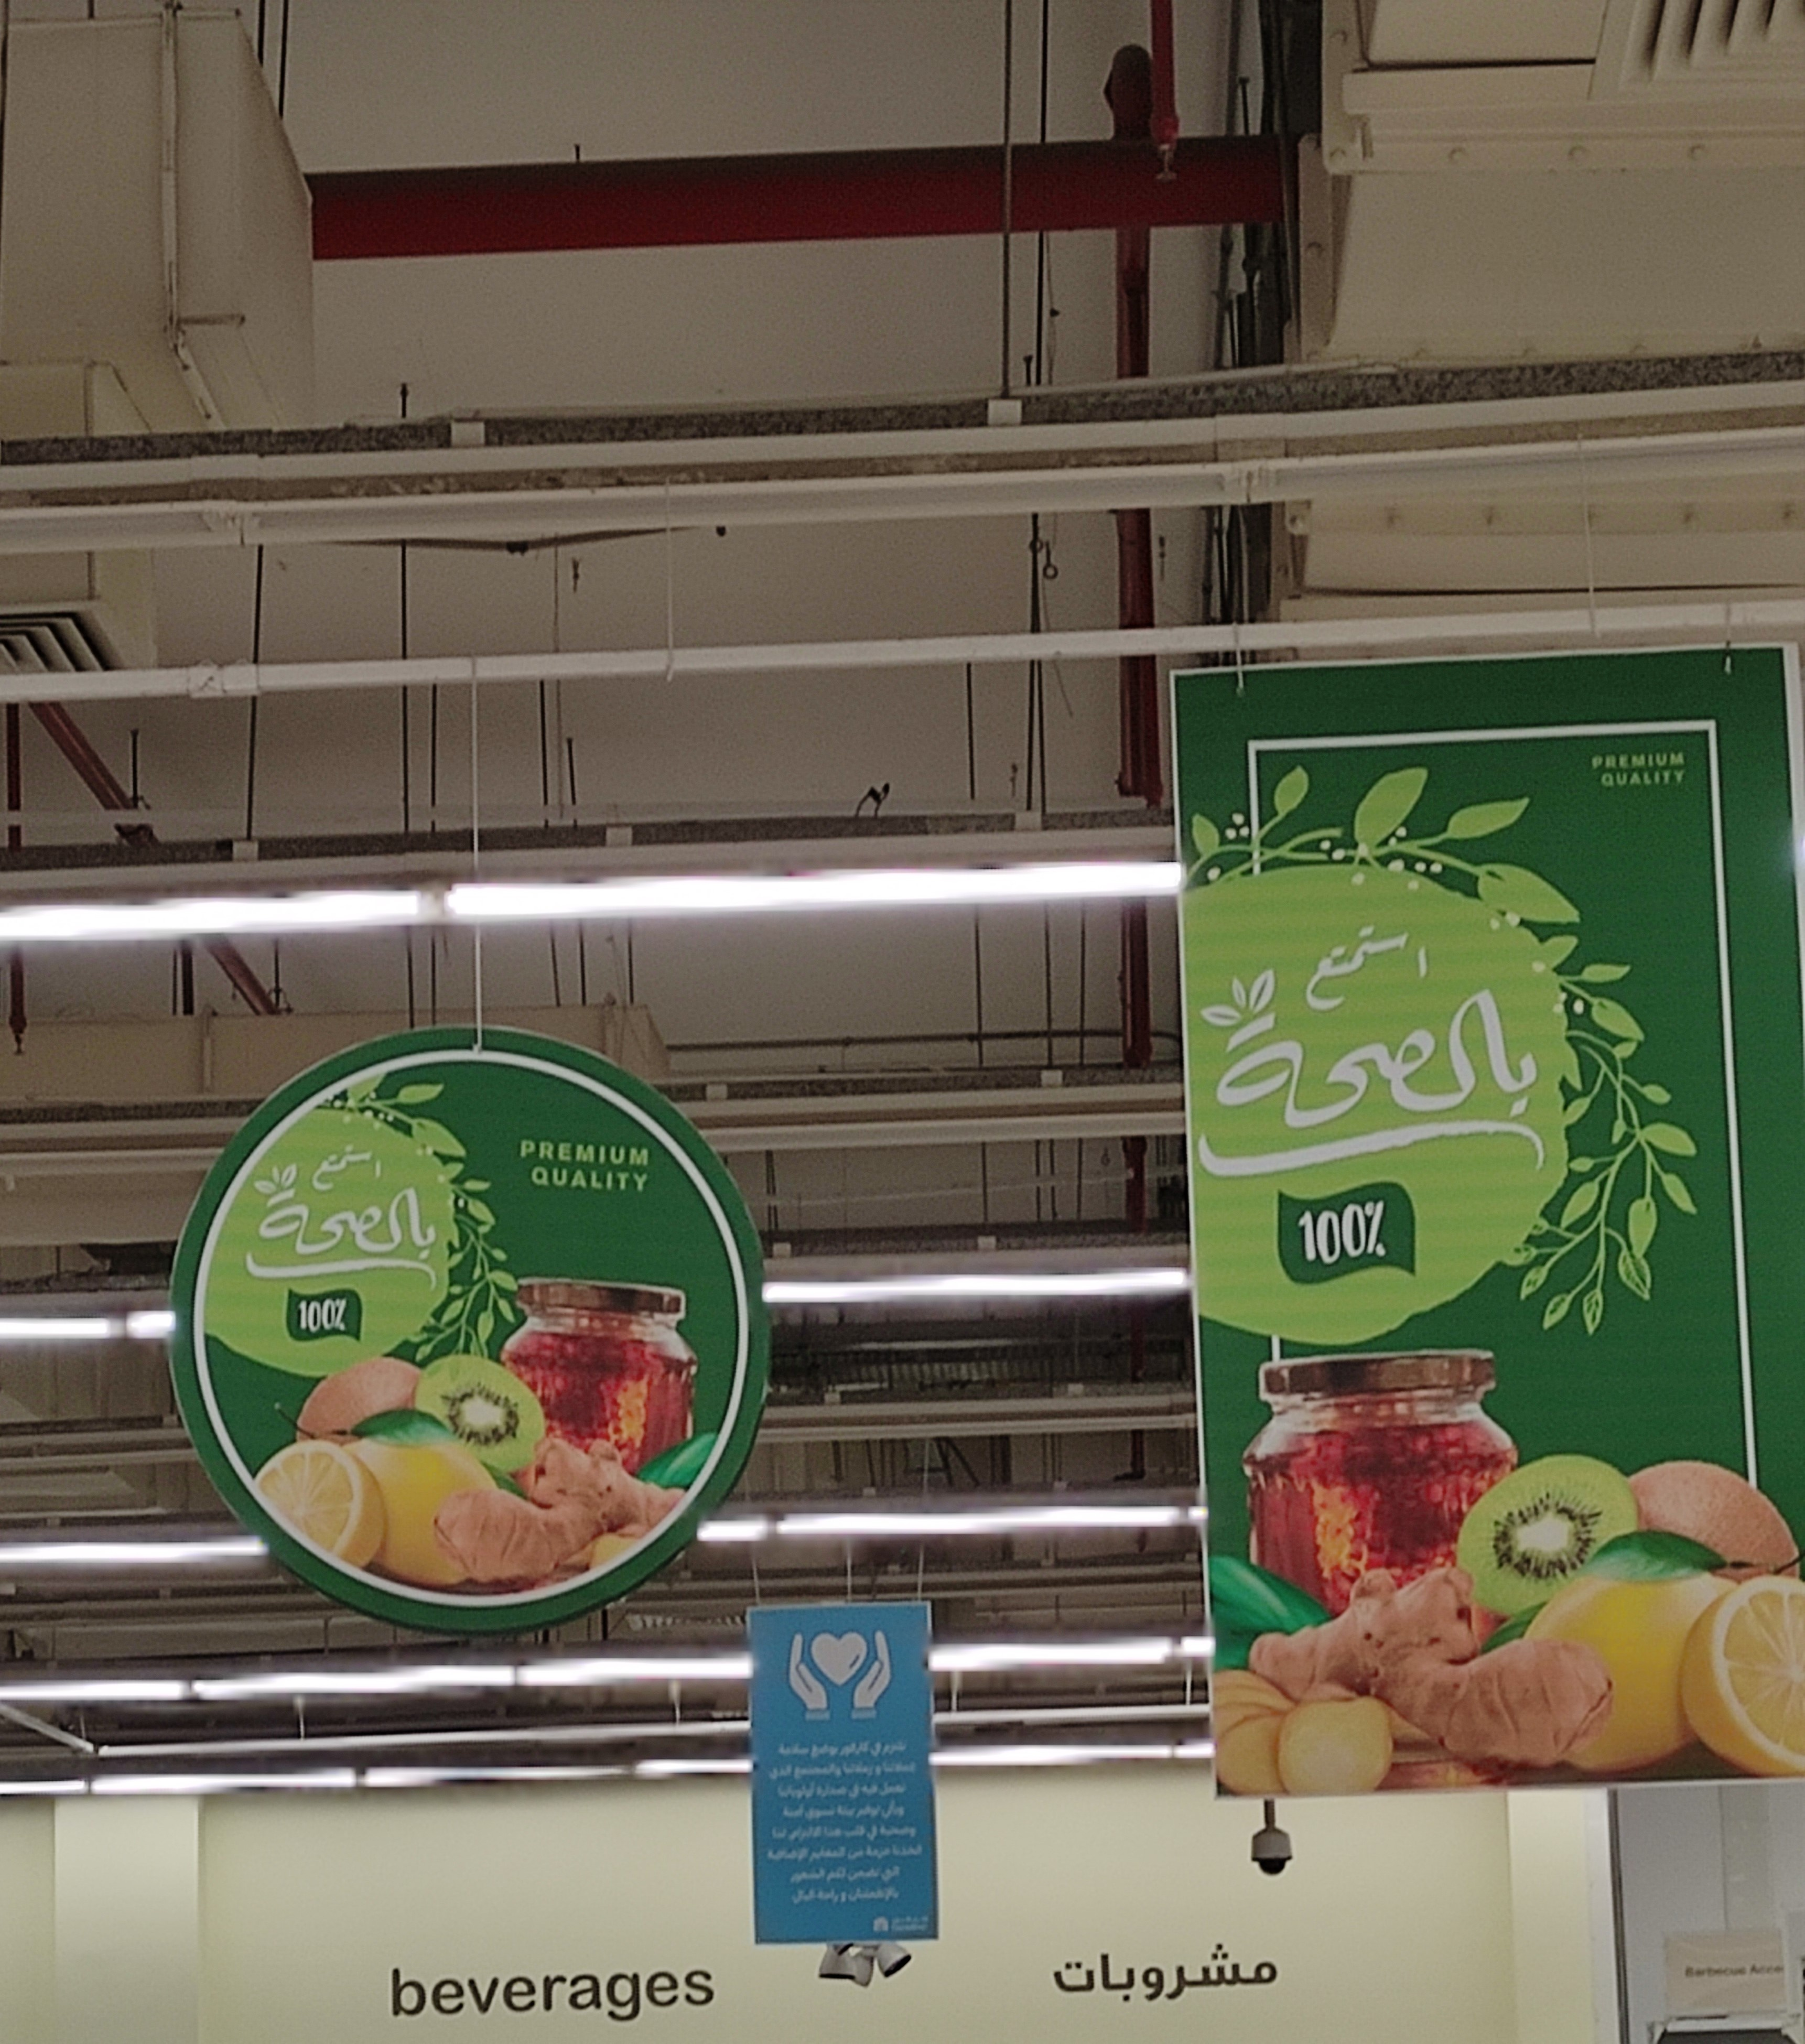
Text in image: استمتع بالصحة استمتع بالصحة مشروبات PREMIUM QUALITY 100% 100% beverages